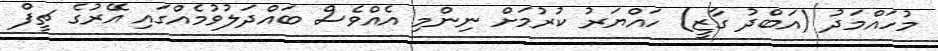
މުހައްމަދު (އަބްދު ގާޒީ) ހައްޔަރު ކުރުމަށް ނިންމި އެއްވެސް ބައްދަލުވުމެއްގައި އޭރުގެ ޗީފް